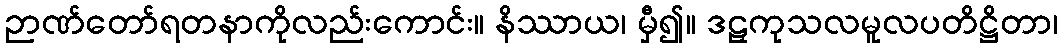
ဉာဏ်တော်ရတနာကိုလည်းကောင်း။ နိဿာယ၊ မှီ၍။ ဒဠှကုသလမူလပတိဋ္ဌိတာ၊